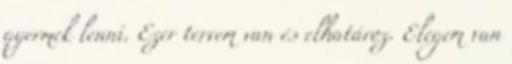
gyermek lenni. Ezer tervem van és elhatároz. Elegem van